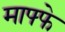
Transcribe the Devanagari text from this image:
माफ्फे